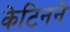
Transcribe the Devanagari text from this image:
केटिनने